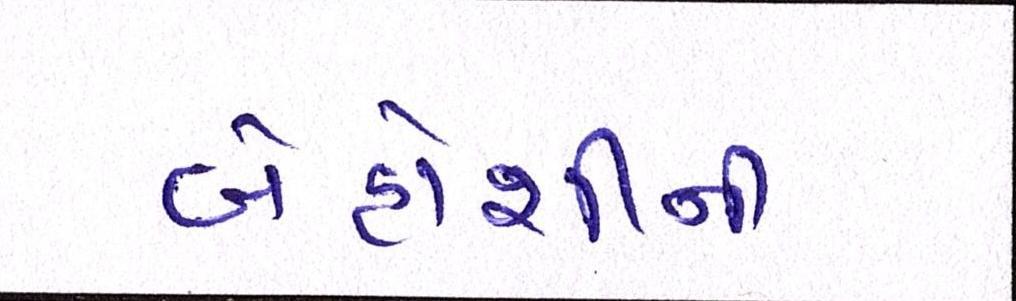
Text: બેહોશીની